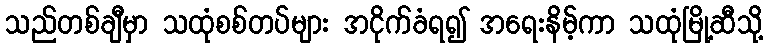
သည်တစ်ချီမှာ သထုံစစ်တပ်များ အငိုက်ခံရ၍ အရေးနိမ့်ကာ သထုံမြို့ဆီသို့